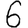
Digit: 6